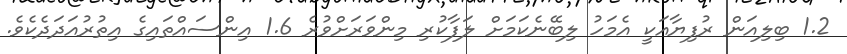
1.2 ބިލިއަން ރުފިޔާއަކީ އެމަހު ލިބޭނެކަމަށް ލަފާކުރި މިންވަރަށްވުރެ 1.6 އިންސައްތައިގެ އިތުރުއަދަދެކެވެ.